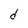
Character: d